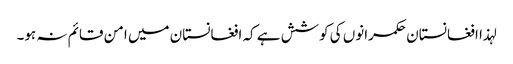
لہذا افغانستان حکمرانوں کی کوشش ہے کہ افغانستان میں امن قائم نہ ہو۔